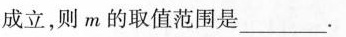
成立，则 m 的取值范围是___.